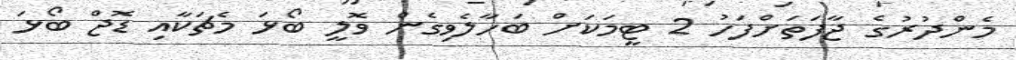
މެންދުރުގެ ޖާފަތަށްފަހު 2 ޓީމަކަށް ބަހާލެވިގެން ވޮލީ ބޯޅަ މެޗަކާއި ޑޮޖް ބޯޅަ